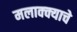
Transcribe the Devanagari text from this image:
मलाक्क्याचे